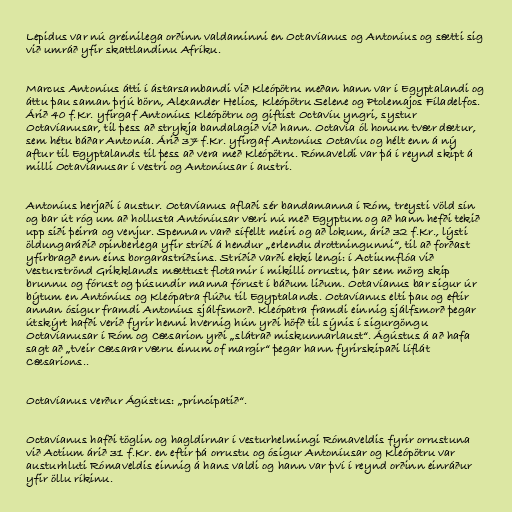
Lepidus var nú greinilega orðinn valdaminni en Octavíanus og Antoníus og sætti sig
við umráð yfir skattlandinu Afríku.

Marcus Antoníus átti í ástarsambandi við Kleópötru meðan hann var í Egyptalandi og
áttu þau saman þrjú börn, Alexander Helios, Kleópötru Selene og Ptolemajos Fíladelfos.
Árið 40 f.Kr. yfirgaf Antoníus Kleópötru og giftist Octavíu yngri, systur
Octavíanusar, til þess að strykja bandalagið við hann. Octavía ól honum tvær dætur,
sem hétu báðar Antonía. Árið 37 f.Kr. yfirgaf Antoníus Octavíu og hélt enn á ný
aftur til Egyptalands til þess að vera með Kleópötru. Rómaveldi var þá í reynd skipt á
milli Octavíanusar í vestri og Antoníusar í austri.

Antoníus herjaði í austur. Octavíanus aflaði sér bandamanna í Róm, treysti völd sín
og bar út róg um að hollusta Antóníusar væri nú með Egyptum og að hann hefði tekið
upp siði þeirra og venjur. Spennan varð sífellt meiri og að lokum, árið 32 f.Kr., lýsti
öldungaráðið opinberlega yfir stríði á hendur „erlendu drottningunni“, til að forðast
yfirbragð enn eins borgarastríðsins. Stríðið varði ekki lengi: í Actiumflóa við
vesturströnd Grikklands mættust flotarnir í mikilli orrustu, þar sem mörg skip
brunnu og fórust og þúsundir manna fórust í báðum liðum. Octavíanus bar sigur úr
býtum en Antóníus og Kleópatra flúðu til Egyptalands. Octavíanus elti þau og eftir
annan ósigur framdi Antoníus sjálfsmorð. Kleópatra framdi einnig sjálfsmorð þegar
útskýrt hafði verið fyrir henni hvernig hún yrði höfð til sýnis í sigurgöngu
Octavíanusar í Róm og Cæsarion yrði „slátrað miskunnarlaust“. Ágústus á að hafa
sagt að „tveir Cæsarar væru einum of margir“ þegar hann fyrirskipaði líflát
Cæsarions..

Octavíanus verður Ágústus: „principatið“.

Octavíanus hafði töglin og hagldirnar í vesturhelmingi Rómaveldis fyrir orrustuna
við Actium árið 31 f.Kr. en eftir þá orrustu og ósigur Antoníusar og Kleópötru var
austurhluti Rómaveldis einnig á hans valdi og hann var því í reynd orðinn einráður
yfir öllu ríkinu.